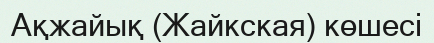
Ақжайық (Жайкская) көшесі